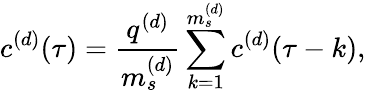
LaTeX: c^{(d)}(\tau)=\frac{q^{(d)}}{m_{s}^{(d)}}\sum_{k=1}^{m_{s}^{(d)}}c^{(d)}(\tau-k),